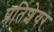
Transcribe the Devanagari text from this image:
प्रतिशेयर